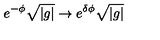
e ^ { - \phi } \sqrt { | g | } \rightarrow e ^ { \delta \phi } \sqrt { | g | }